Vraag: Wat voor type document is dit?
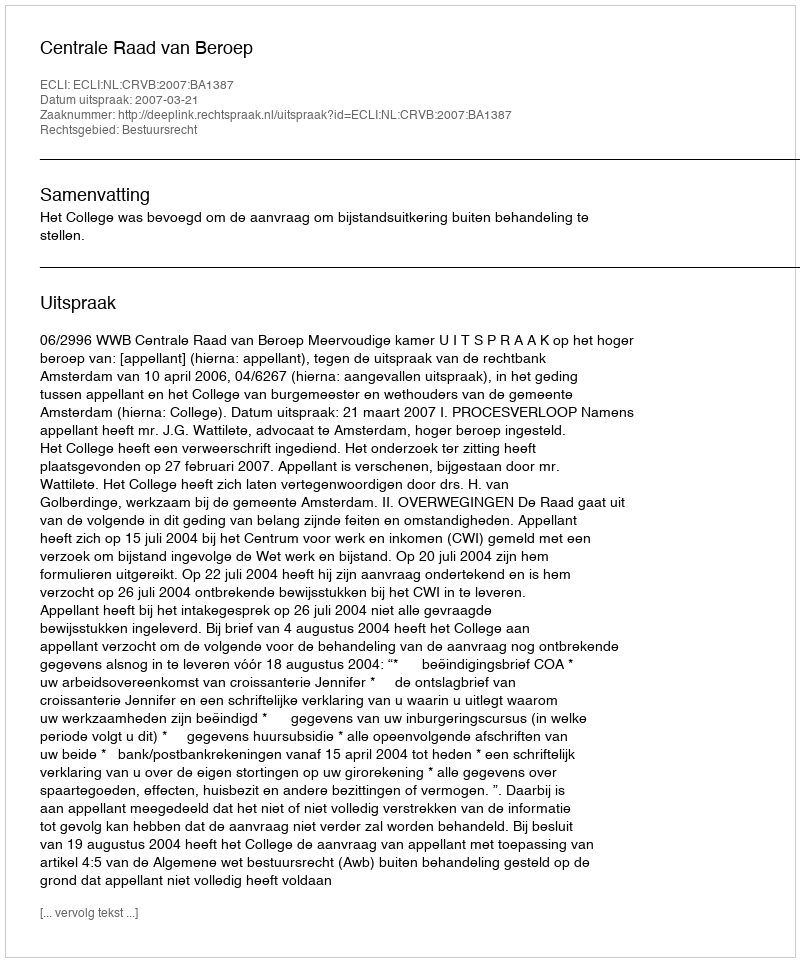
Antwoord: Uitspraak